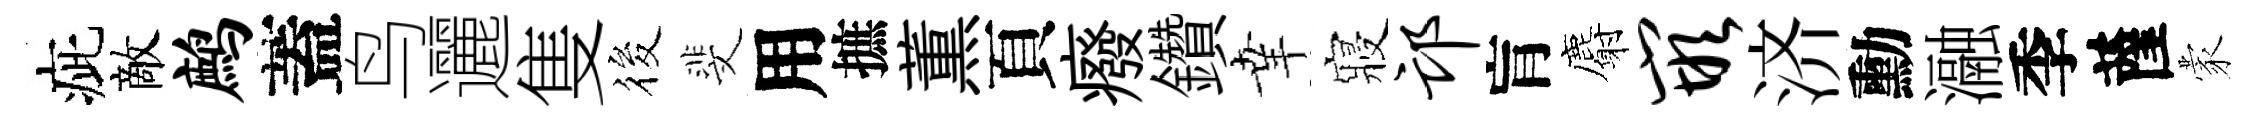
疵敵鹧蓋鸟邐隻筱斐用摭薫頁癈鑽𦍒寢邙肓麝嵌济勳瀜季薩蒙